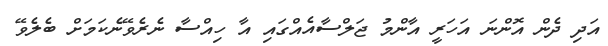
އަދި ދެން އޮންނަ އަހަރީ އާންމު ޖަލްސާއެއްގައި އާ ހިއްސާ ނެރެވޭނެކަމަށް ބެލެވޭ